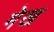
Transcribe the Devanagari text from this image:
मेख